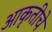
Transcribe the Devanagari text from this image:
आकृतीचे